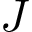
J